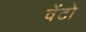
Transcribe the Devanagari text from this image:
वेंटो